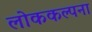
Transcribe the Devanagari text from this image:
लोककल्पना